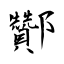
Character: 酇